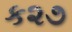
ક૨૭